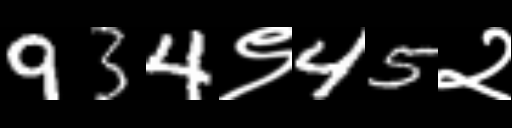
Text: 934९45२